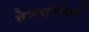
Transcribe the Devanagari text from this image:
तेजस्वीपणे